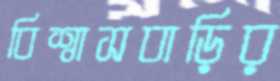
বিশ্বাসবাড়ির